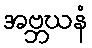
အဗ္ဘဃနံ